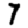
Digit: 7